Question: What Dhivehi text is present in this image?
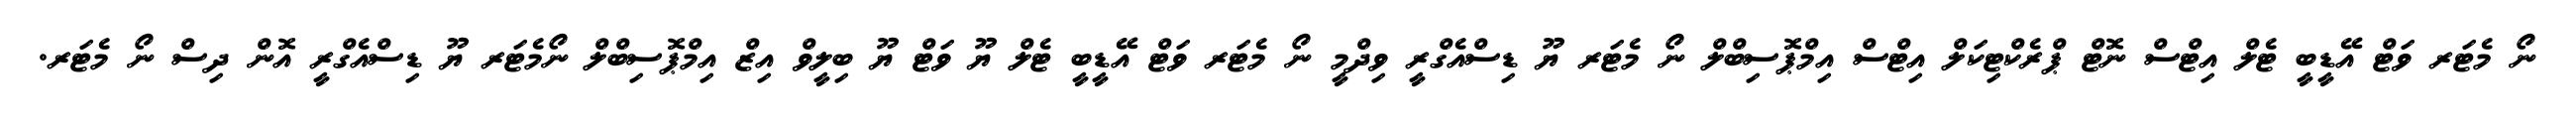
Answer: ނޯ މެޓަރ ވަޓް އޭޑީބީ ޓެލް އިޓްސް ނޮޓް ޕްރެކްޓިކަލް އިޓްސް އިމްޕޮސިބްލް ނޯ މެޓަރ ޔޫ ޑިސްއެގްރީ ވިދްމީ ނޯ މެޓަރ ވަޓް އޭޑީބީ ޓެލް ޔޫ ވަޓް ޔޫ ބިލީވް އިޒް އިމްޕޮސިބްލް ނޯމެޓަރ ޔޫ ޑިސްއެގްރީ އޮން ދިސް ނޯ މެޓަރ.